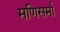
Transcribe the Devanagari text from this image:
मणिसर्मा